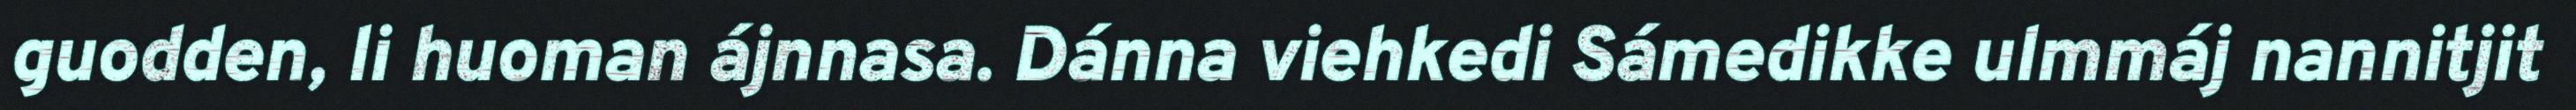
guodden, li huoman ájnnasa. Dánna viehkedi Sámedikke ulmmáj nannitjit